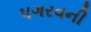
પગરવની